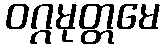
ဝဂ္ဂမုတ္တမေ